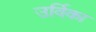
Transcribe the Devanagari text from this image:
उर्विका